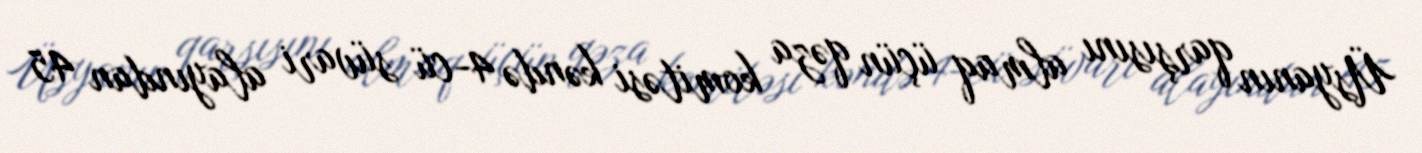
Üsyanın qarşısını almaq üçün qəza komitəsi kəndə 4-cü süvari alayından 45